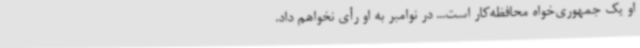
او یک جمهوری‌خواه محافظه‌کار است... در نوامبر به او رأی نخواهم داد.